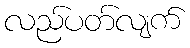
လည်ပတ်လျက်